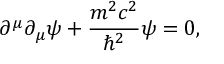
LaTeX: \partial ^ { \mu } \partial _ { \mu } \psi + { \frac { m ^ { 2 } c ^ { 2 } } { \hbar ^ { 2 } } } \psi = 0 ,